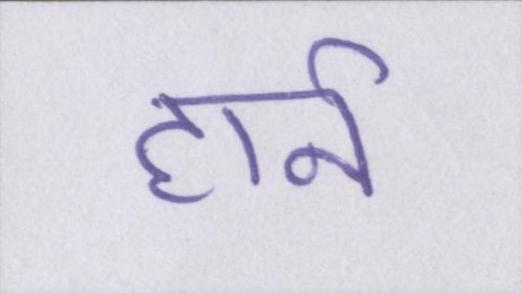
हार्न